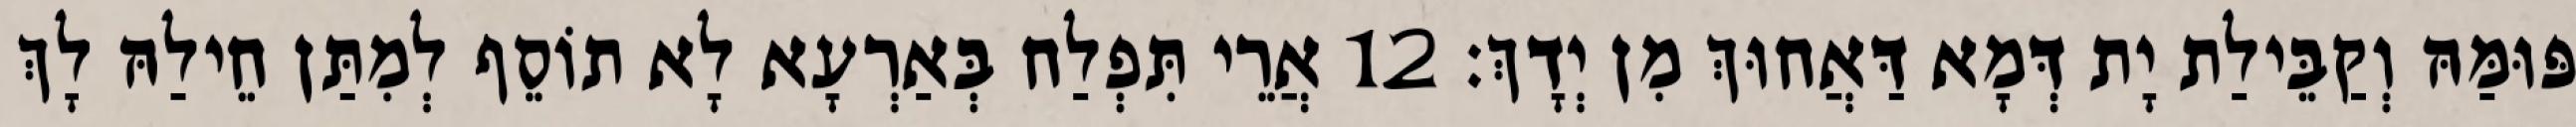
פּוּמַּהּ וְקַבֵּילַת יָת דְּמָא דַּאֲחוּךְ מִן יְדָךְ׃ 12 אֲרֵי תִּפְלַח בְּאַרְעָא לָא תוֹסֵף לְמִתַּן חֵילַהּ לָךְ